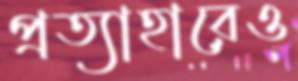
প্রত্যাহারেও